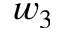
w _ { 3 }